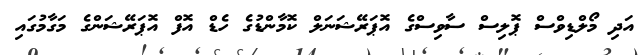
އަދި މޯލްޑިވްސް ޕޮލިސް ސާވިސްގެ އޮޕަރޭޝަނަލް ކޮމާންޑުގެ ހެޑް އޮފް އޮޕަރޭޝަންގެ މަގާމުގައި